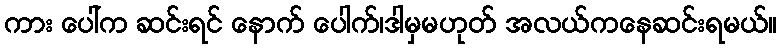
ကား ပေါ်က ဆင်းရင် နောက် ပေါက်၊ဒါမှမဟုတ် အလယ်ကနေဆင်းရမယ်။